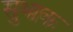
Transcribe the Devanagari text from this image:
सुभाक